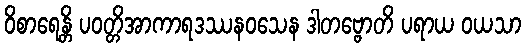
ဝိစာရေန္တိ ပဝတ္တိအာကာရဒဿနဝသေန ဒါတဗ္ဗောတိ ပရာယ ဝယသာ